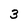
Character: 3